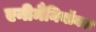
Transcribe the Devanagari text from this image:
एनीमैनियॉक्स